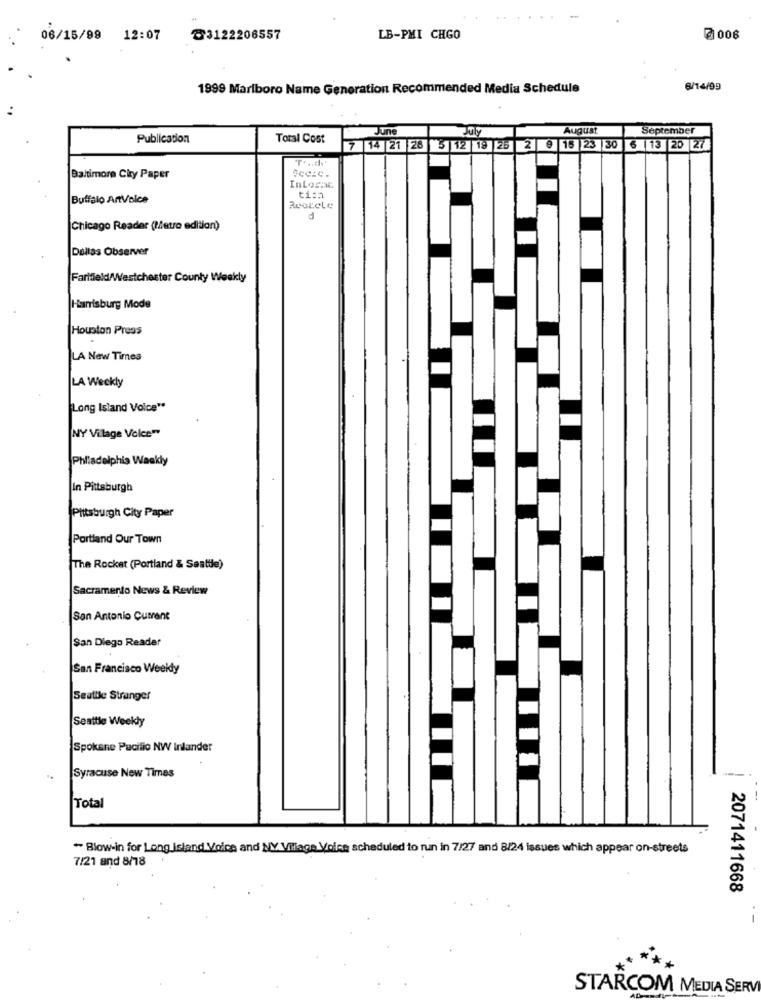
06/15/99 12:07
₸3122206557
LB-PMI CHGO
7 006
1999 Marlboro Name Generation Recommended Media Schedule
6/14/99
July
August
September
Publication
Total Cost
June
7 14 21 28 5 12 19 25 2 9 15 23 30 6 13 20 27
Baltimore City Paper
InLosac
Buffalo AntVelce
ti:h
ReaccLe
d
Chicago Reader (Metro edition)
Dallas Observer
Farifield/Westchester County Weekly
Harrisburg Mode
Houston Press
LA New Times
LA Weekly
Long Island Voice"
NY Village Voice"
Philadelphia Weekly
In Pittsburgh
Pittsburgh City Paper
Portland Our Town
The Rocket (Portland & Seattle)
Sacramento News & Review
San Antonio Current
San Diego Reader
San Francisco Weeldy
Seattle Stranger
Seattle Weekly
Spokane Pacifio NW Inlander
Syracuse New Times
Total
" Blow-in for Long Island Voice and NY Village Voice scheduled to run in 7/27 and 8/24 issues which appear on-streets
7/21 and 8/18
2071411668
--
STARCOM